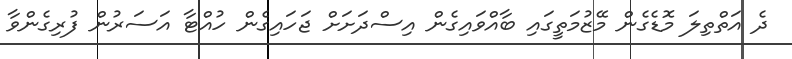
ދެ އަތްތިލަ މޮޑެގެން މޭޒުމަތީގައި ބާއްވައިގެން އިސްދަށަށް ޖަހައިގެން ހުއްޓާ އަސަރުން ފުރިގެންވާ